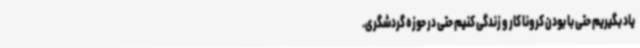
یاد بگیریم حتی با بودن کرونا کار و زندگی کنیم حتی در حوزه گردشگری.